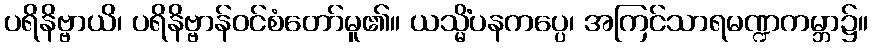
ပရိနိဗ္ဗာယိ၊ ပရိနိဗ္ဗာန်ဝင်စံတော်မူ၏။ ယသ္မိံပနကပ္ပေ၊ အကြင်သာရမဏ္ဍကမ္ဘာ၌။